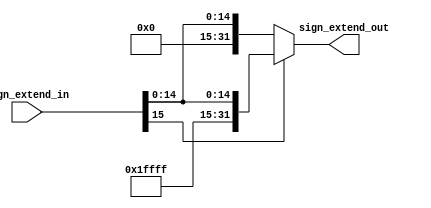
module Sign_Extend (sign_extend_in , sign_extend_out);

	input [15:0]sign_extend_in;
	output [31:0]sign_extend_out;

	wire [15:0]temp0=16'b0;
	wire [15:0]temp1=~temp0;

	assign sign_extend_out = (sign_extend_in[15]==1'b1) ? {temp1 , sign_extend_in[15:0]} : {temp0  , sign_extend_in[15:0]};
 
endmodule